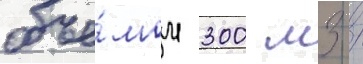
объё́мом 300 м3 /